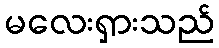
မလေးရှားသည်